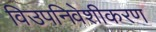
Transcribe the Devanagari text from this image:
विउपनिवेशीकरण